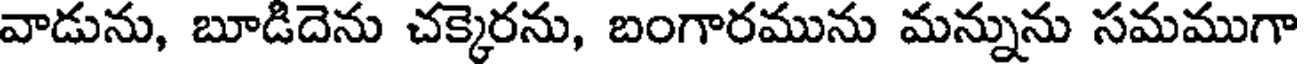
వాడును, బూడిదెను చక్కెరను, బంగారమును మన్నును సమముగా